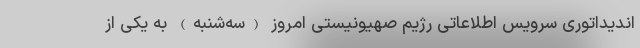
اندیداتوری سرویس اطلاعاتی رژیم صهیونیستی امروز (سه‌شنبه) به یکی از